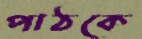
পাঠকে